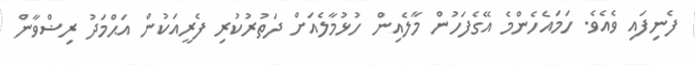
ފެނިފައި ވެއެވެ. ހަމައެހެންމެ އޭގެފަހުން މާލެއިން ހުޅުމާލެއަށް ދަތުރުކުރި ފެރީއަކުން އަޙްމަދު ރިޟްވާން